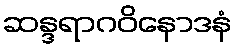
ဆန္ဒရာဂဝိနောဒနံ